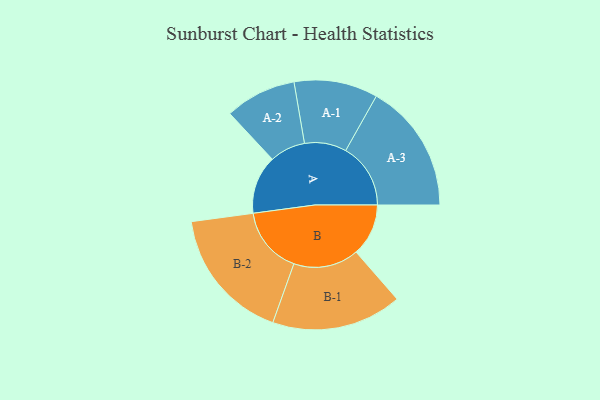
{"axis": {"x": "Segment", "y": "Value"}, "legend": ["", "A", "B"], "data": [{"x": "A", "y": 246, "type": ""}, {"x": "B", "y": 220, "type": ""}, {"x": "A-1", "y": 176, "type": "A"}, {"x": "A-2", "y": 150, "type": "A"}, {"x": "A-3", "y": 273, "type": "A"}, {"x": "B-1", "y": 274, "type": "B"}, {"x": "B-2", "y": 282, "type": "B"}]}